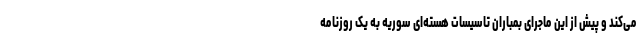
می‌کند و پیش از این ماجرای بمباران تاسیسات هسته‌ای سوریه به یک روزنامه